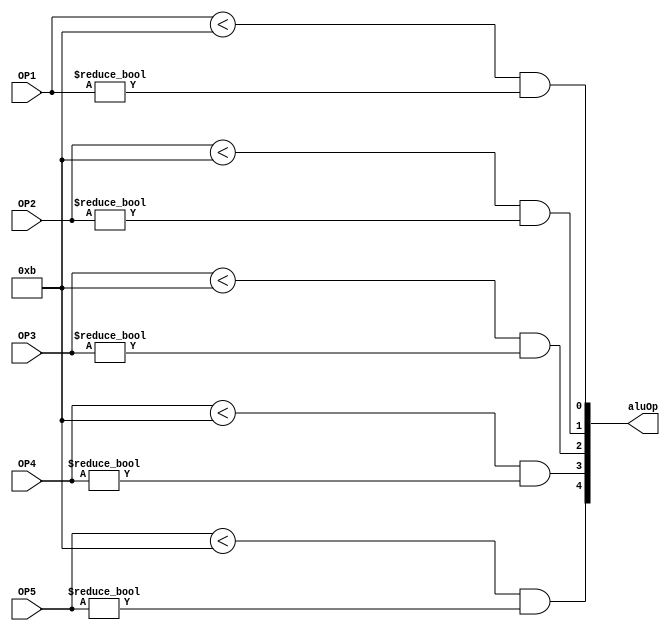
//aluOpU -- Determines whether a set of pipeline stages are to be sent an ALU operation.
module aluOpU(
  OP1,
  OP2,
  OP3,
  OP4,
  OP5,
  aluOp
  );
  
input [6:0] OP1;
input [6:0] OP2;
input [6:0] OP3;
input [6:0] OP4;
input [6:0] OP5;
output [4:0] aluOp;

assign aluOp[0]=OP1<11&&(OP1!=0); //Note that the ALU can handle NOPs in and of itself, but this wire is also used
			//to determine writeback behavior.
assign aluOp[1]=OP2<11&&OP2!=0;
assign aluOp[2]=OP3<11&&OP3!=0;
assign aluOp[3]=OP4<11&&OP4!=0;
assign aluOp[4]=OP5<11&&OP5!=0;
endmodule